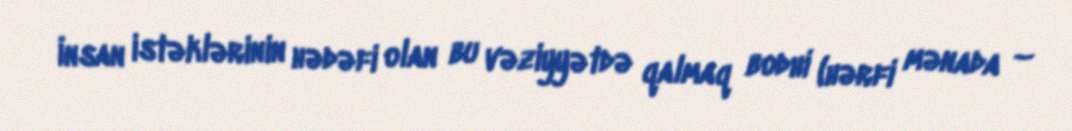
İnsan istəklərinin hədəfi olan bu vəziyyətdə qalmaq bodhi (hərfi mənada –